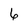
Character: 6